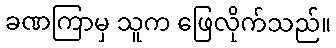
ခဏကြာမှ သူက ဖြေလိုက်သည်။